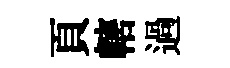
頁轄過